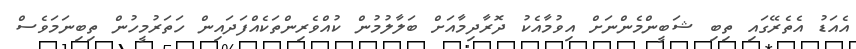
އެއަޑު އެތެރޭގައި ތިބި ޝަބީންމެންނަށް އިވުމާއެކު ދޮރާދިމާއަށް ބަލާލުމުން ކުއްވެރިންތަކެއްފަދައިން ހަތަރުމީހުން ތިބިނަމަވެސް